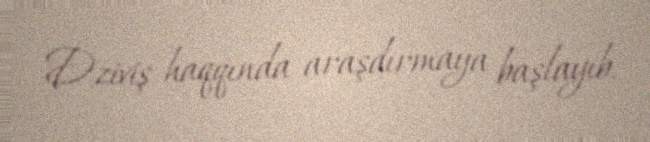
Dziviş haqqında araşdırmaya başlayıb.